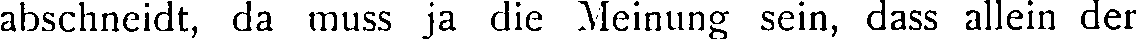
abschneidt, da muss ja die Meinung sein, dass allein der